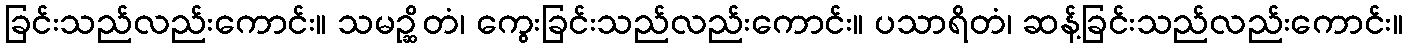
ခြင်းသည်လည်းကောင်း။ သမဉ္ဆိတံ၊ ကွေးခြင်းသည်လည်းကောင်း။ ပသာရိတံ၊ ဆန့်ခြင်းသည်လည်းကောင်း။